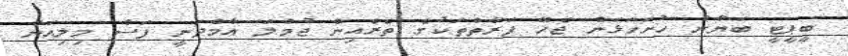
ބީޕީޓީ ބަޔާން ހުށަހަޅަން ޖެހޭ ފަރާތްތަކުގެ ތެރެއިން ޖުމުލަ އާމްދަނީ ފަސް މިލިއަން